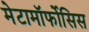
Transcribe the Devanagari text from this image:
मेटामॉर्फोसिस